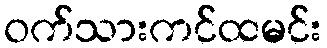
ဝက်သားကင်ထမင်း